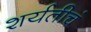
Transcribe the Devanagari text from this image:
शर्यतीचं